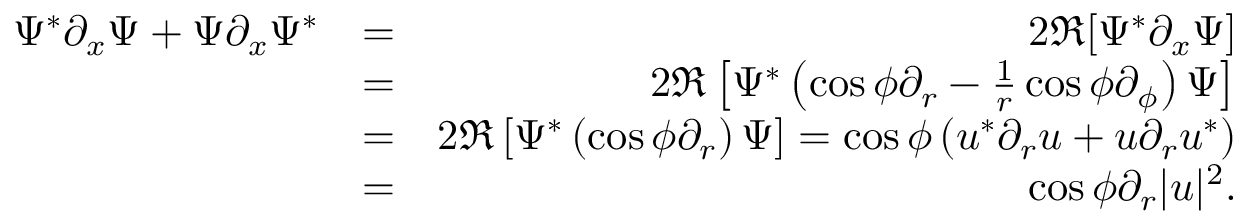
\begin{array} { r l r } { \Psi ^ { * } \partial _ { x } \Psi + \Psi \partial _ { x } \Psi ^ { * } } & { = } & { 2 \Re [ \Psi ^ { * } \partial _ { x } \Psi ] } \\ & { = } & { 2 \Re \left[ \Psi ^ { * } \left( \cos \phi \partial _ { r } - \frac { 1 } { r } \cos \phi \partial _ { \phi } \right) \Psi \right] } \\ & { = } & { 2 \Re \left[ \Psi ^ { * } \left( \cos \phi \partial _ { r } \right) \Psi \right] = \cos \phi \left( u ^ { * } \partial _ { r } u + u \partial _ { r } u ^ { * } \right) } \\ & { = } & { \cos \phi \partial _ { r } | u | ^ { 2 } . } \end{array}